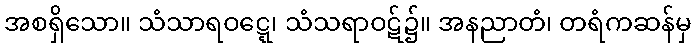
အစရှိသော။ သံသာရဝဋ္ဋေ၊ သံသရာဝဋ်၌။ အနညာတံ၊ တရံကဆန်မှ